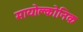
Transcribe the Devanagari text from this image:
मायोक्लोनिक